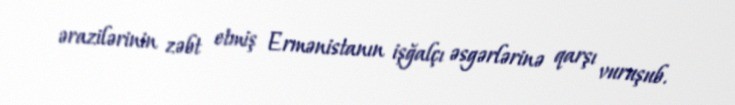
ərazilərinin zəbt etmiş Ermənistanın işğalçı əsgərlərinə qarşı vuruşub.